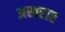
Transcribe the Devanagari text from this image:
अखरार